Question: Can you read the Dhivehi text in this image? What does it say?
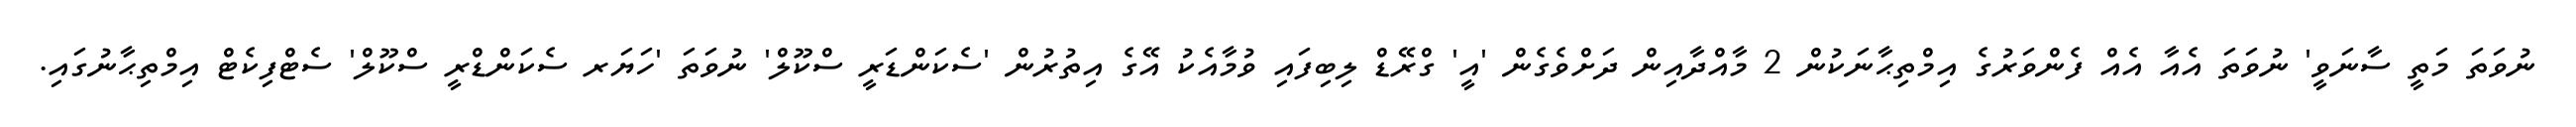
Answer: ނުވަތަ މަތީ ސާނަވީ' ނުވަތަ އެއާ އެއް ފެންވަރުގެ އިމްތިޙާނަކުން 2 މާއްދާއިން ދަށްވެގެން 'އީ' ގްރޭޑް ލިބިފައި ވުމާއެކު އޭގެ އިތުރުން 'ސެކަންޑަރީ ސްކޫލް' ނުވަތަ 'ހަޔަރ ސެކަންޑްރީ ސްކޫލް' ސެޓްފިކެޓް އިމްތިޙާނުގައި.